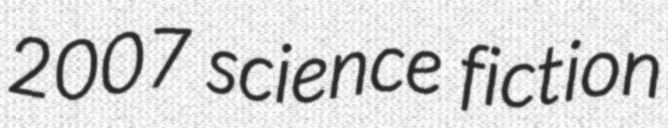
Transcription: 2007 science fiction